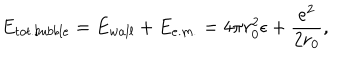
E _ { t o t . b u b b l e } = E _ { w a l l } + E _ { e . m . } = 4 \pi r _ { 0 } ^ { 2 } \epsilon + \frac { e ^ { 2 } } { 2 r _ { 0 } } ,